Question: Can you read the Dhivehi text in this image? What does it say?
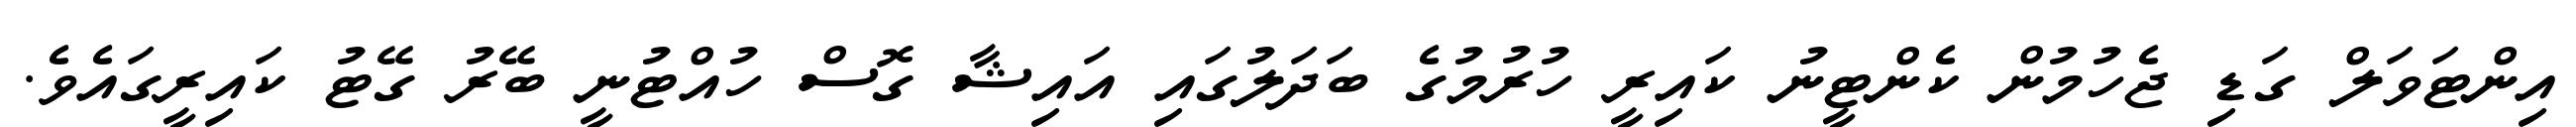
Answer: އިންޓަވަލް ގަޑި ޖެހުމުން ކެންޓީނު ކައިރީ ހުރުމުގެ ބަދަލުގައި އައިޝާ ގޮސް ހުއްޓުނީ ބޭރު ގޭޓު ކައިރީގައެވެ.